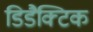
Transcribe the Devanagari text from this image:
डिडैक्टिक